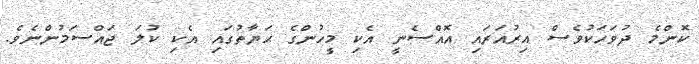
ކޮންމެ ދުވަހަކުވެސް އިރުއަރައި އޮއްސެނީ އެކި މީހުންގެ ޙަޔާތުގައި އެކި ކުލަ ޖައްސަމުންނެވެ.